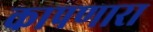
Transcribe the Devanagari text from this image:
कापणारा